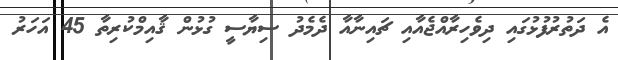
އެ ދަތުރުފުޅުގައި ދިވެހިރާއްޖެއާއި ޗައިނާއާ ދެމެދު ސިޔާސީ ގުޅުން ޤާއިމްކުރިތާ 45 އަހަރު